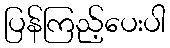
ပြန်ကြည့်ပေးပါ